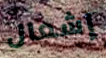
إشعال